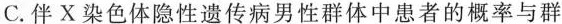
C.伴X染色体隐性遗传病男性群体中患者的概率与群体